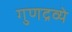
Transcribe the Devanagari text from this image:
गुणद्रव्ये